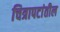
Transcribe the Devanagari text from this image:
चित्रापटांतील